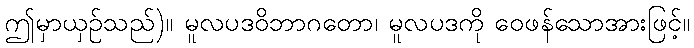
ဤမှာယှဉ်သည်)။ မူလပဒဝိဘာဂတော၊ မူလပဒကို ဝေဖန်သောအားဖြင့်။